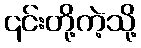
၎င်းတို့ကဲ့သို့